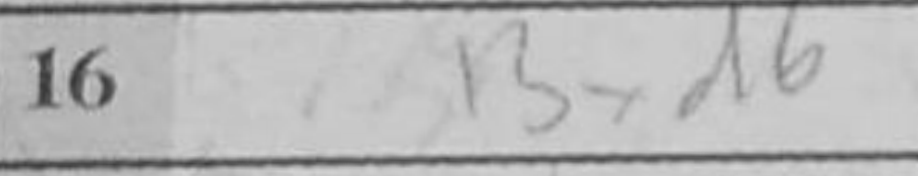
Transcription: Bxd6